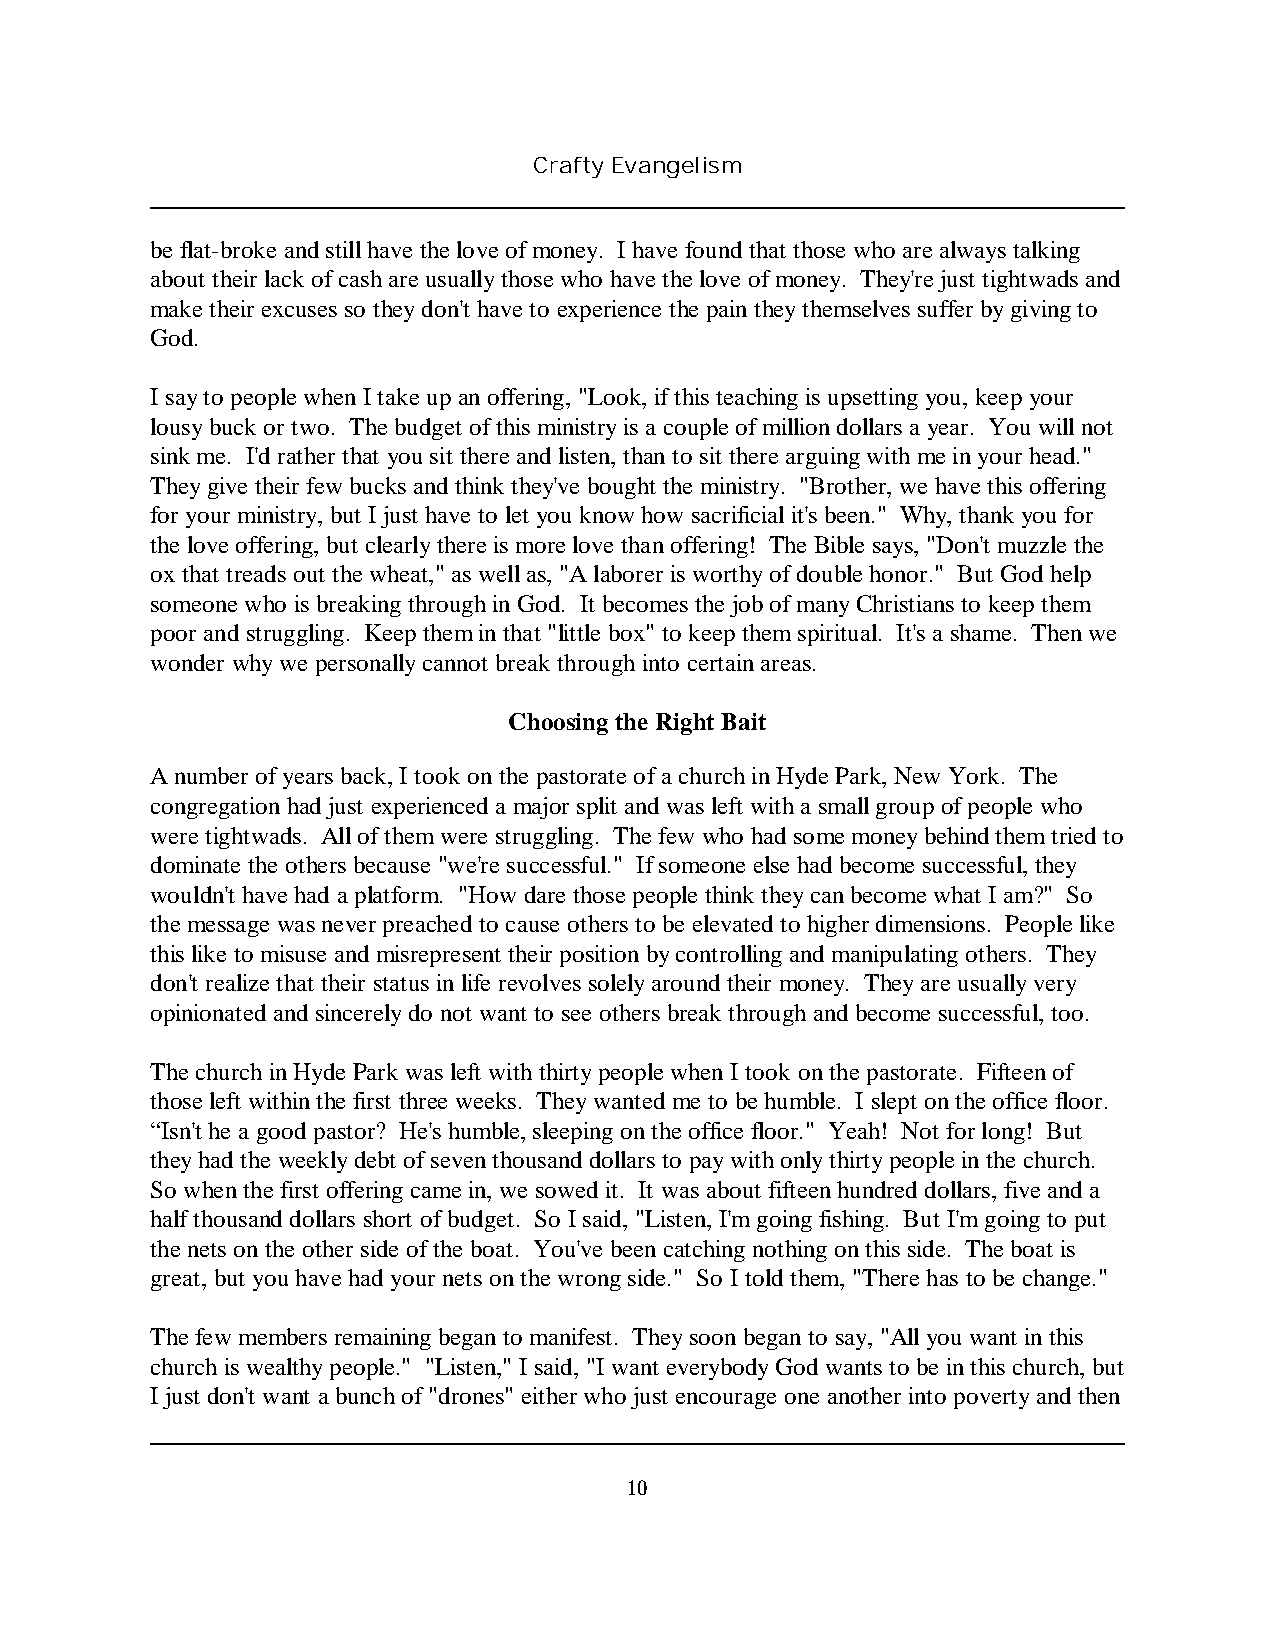
Crafty Evangelism
 be flat-broke and still have the love of money. I have found that those who are always talking
 about their lack of cash are usually those who have the love of money. They're just tightwads and
 make their excuses so they don't have to experience the pain they themselves suffer by giving to
 God.
 I say to people when I take up an offering, "Look, if this teaching is upsetting you, keep your
 lousy buck or two. The budget of this ministry is a couple of million dollars a year. You will not
 sink me. I'd rather that you sit there and listen, than to sit there arguing with me in your head."
 They give their few bucks and think they've bought the ministry. "Brother, we have this offering
 for your ministry, but I just have to let you know how sacrificial it's been." Why, thank you for
 the love offering, but clearly there is more love than offering! The Bible says, "Don't muzzle the
 ox that treads out the wheat," as well as, "A laborer is worthy of double honor." But God help
 someone who is breaking through in God. It becomes the job of many Christians to keep them
 poor and struggling. Keep them in that "little box" to keep them spiritual. It's a shame. Then we
 wonder why we personally cannot break through into certain areas.
 Choosing the Right Bait
 A number of years back, I took on the pastorate of a church in Hyde Park, New York. The
 congregation had just experienced a major split and was left with a small group of people who
 were tightwads. All of them were struggling. The few who had some money behind them tried to
 dominate the others because "we're successful." If someone else had become successful, they
 wouldn't have had a platform. "How dare those people think they can become what I am?" So
 the message was never preached to cause others to be elevated to higher dimensions. People like
 this like to misuse and misrepresent their position by controlling and manipulating others. They
 don't realize that their status in life revolves solely around their money. They are usually very
 opinionated and sincerely do not want to see others break through and become successful, too.
 The church in Hyde Park was left with thirty people when I took on the pastorate. Fifteen of
 those left within the first three weeks. They wanted me to be humble. I slept on the office floor.
 “Isn't he a good pastor? He's humble, sleeping on the office floor." Yeah! Not for long! But
 they had the weekly debt of seven thousand dollars to pay with only thirty people in the church.
 So when the first offering came in, we sowed it. It was about fifteen hundred dollars, five and a
 half thousand dollars short of budget. So I said, "Listen, I'm going fishing. But I'm going to put
 the nets on the other side of the boat. You've been catching nothing on this side. The boat is
 great, but you have had your nets on the wrong side." So I told them, "There has to be change."
 The few members remaining began to manifest. They soon began to say, "All you want in this
 church is wealthy people." "Listen," I said, "I want everybody God wants to be in this church, but
 I just don't want a bunch of "drones" either who just encourage one another into poverty and then
 10